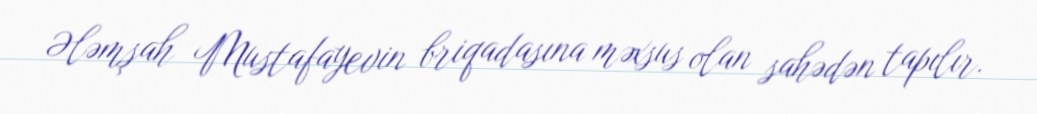
Ələmşah Mustafayevin briqadasına məxsus olan sahədən tapılır.